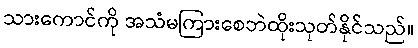
သားကောင်ကို အသံမကြားစေဘဲထိုးသုတ်နိုင်သည်။